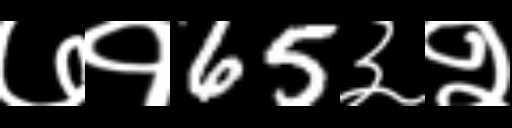
Text: ७१65३२